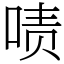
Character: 啧